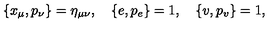
\{ x _ { \mu } , p _ { \nu } \} = \eta _ { \mu \nu } , \quad \{ e , p _ { e } \} = 1 , \quad \{ v , p _ { v } \} = 1 ,